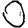
Digit: 0